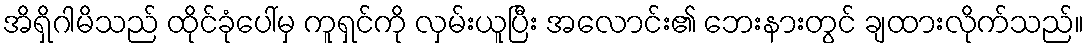
အိရှိဂါမိသည် ထိုင်ခုံပေါ်မှ ကူရှင်ကို လှမ်းယူပြီး အလောင်း၏ ဘေးနားတွင် ချထားလိုက်သည်။